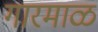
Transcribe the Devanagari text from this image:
गारमाळ